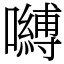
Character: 嚩